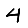
Digit: 4